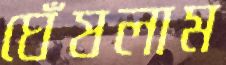
ঘেঁষলাম